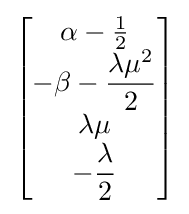
{\begin{bmatrix}\alpha -{\frac {1}{2}}\\-\beta -{\dfrac {\lambda \mu ^{2}}{2}}\\\lambda \mu \\-{\dfrac {\lambda }{2}}\end{bmatrix}}